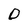
Character: D